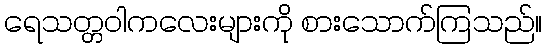
ရေသတ္တဝါကလေးများကို စားသောက်ကြသည်။